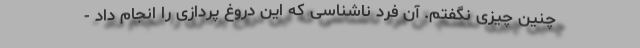
چنین چیزی نگفتم. آن فرد ناشناسی که این دروغ پردازی را انجام داد -